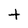
Character: t